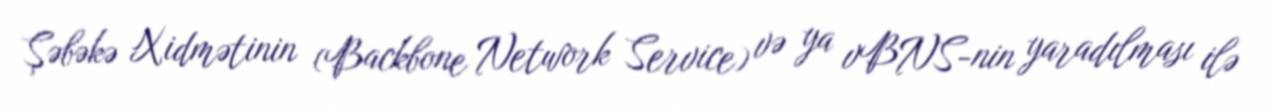
Şəbəkə Xidmətinin (Backbone Network Service) və ya vBNS-nin yaradılması ilə